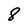
Character: 8